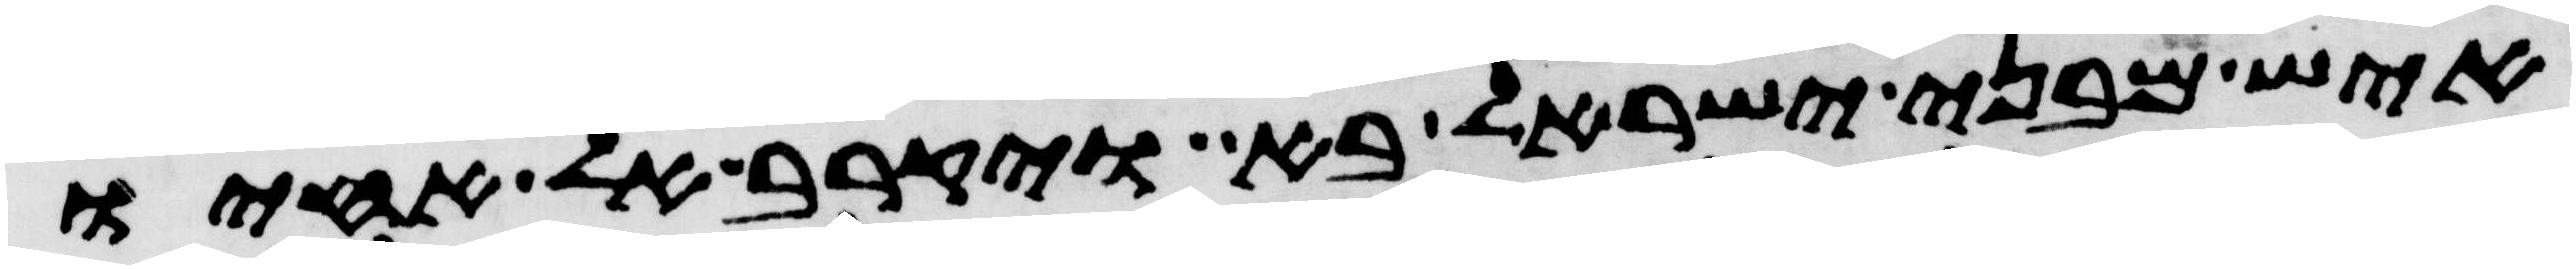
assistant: איש מבני ישראל בא ויקרב אל אחיו